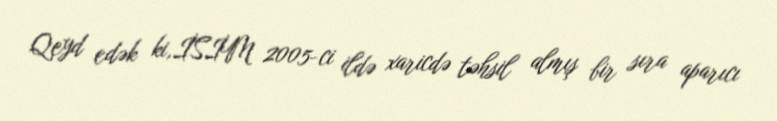
Qeyd edək ki,İSİM 2005-ci ildə xaricdə təhsil almış bir sıra aparıcı